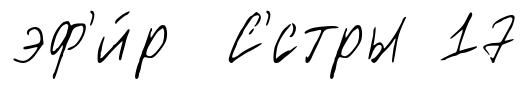
эф'и́р С'́стры 17